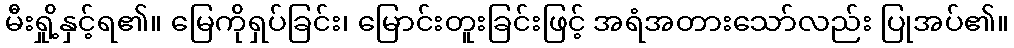
မီးရှို့နှင့်ရ၏။ မြေကိုရှပ်ခြင်း၊ မြောင်းတူးခြင်းဖြင့် အရံအတားသော်လည်း ပြုအပ်၏။